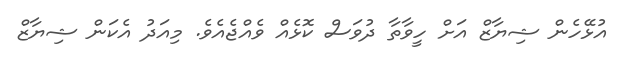
އުޅޭހެން ޝިޔާޒް އަށް ހީވާތާ ދުވަސް ކޮޅެއް ވެއްޖެއެވެ. މިއަދު އެކަން ޝިޔާޒް